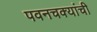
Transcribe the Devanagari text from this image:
पवनचक्यांची